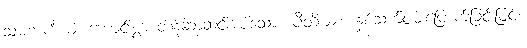
သမကင်္ကယံ၊ ကောင်းစွာ တန်ဆာဆင်အပ်သော။ ပီတိယာ၊ နှစ်သက်ဝမ်းမြောက်ခြင်းဖြင့်။